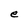
Character: e